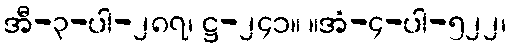
အီ-၃-ပါ-၂၈၇၊ ဋ္ဌ-၂၄၁။ ။အံ-၄-ပါ-၅၂၂၊